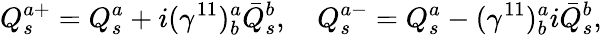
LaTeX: Q_{s}^{a+}=Q_{s}^{a}+i(\gamma^{11})_{b}^{a}\bar{Q}_{s}^{b},\quad Q_{s}^{a-}=Q_{s}^{a}-(\gamma^{11})_{b}^{a}i\bar{Q}_{s}^{b},